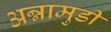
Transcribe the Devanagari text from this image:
अन्नामुडी